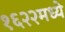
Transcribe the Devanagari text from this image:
१६२२मध्ये